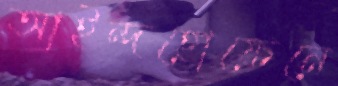
আইন্দহোফেনে